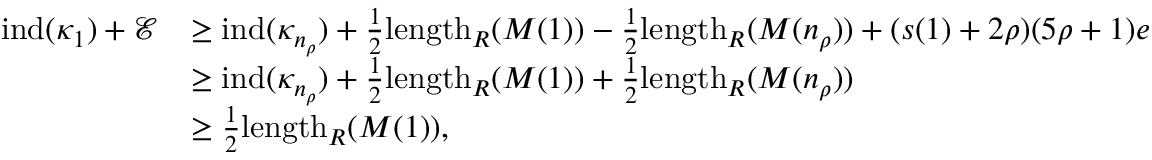
\begin{array} { r l } { \operatorname { i n d } ( \kappa _ { 1 } ) + \mathcal { E } } & { \geq \operatorname { i n d } ( \kappa _ { n _ { \rho } } ) + \frac { 1 } { 2 } \mathrm { l e n g t h } _ { R } ( M ( 1 ) ) - \frac { 1 } { 2 } \mathrm { l e n g t h } _ { R } ( M ( n _ { \rho } ) ) + ( s ( 1 ) + 2 \rho ) ( 5 \rho + 1 ) e } \\ & { \geq \operatorname { i n d } ( \kappa _ { n _ { \rho } } ) + \frac { 1 } { 2 } \mathrm { l e n g t h } _ { R } ( M ( 1 ) ) + \frac { 1 } { 2 } \mathrm { l e n g t h } _ { R } ( M ( n _ { \rho } ) ) } \\ & { \geq \frac { 1 } { 2 } \mathrm { l e n g t h } _ { R } ( M ( 1 ) ) , } \end{array}